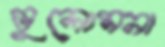
ভুলোমনা